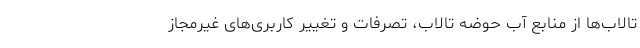
تالاب‌ها از منابع آب حوضه تالاب، تصرفات و تغییر کاربری‌های غیرمجاز